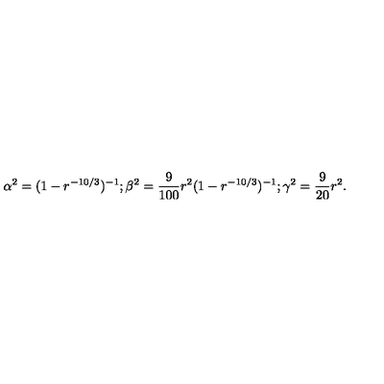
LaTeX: \alpha ^ { 2 } = ( 1 - r ^ { - 1 0 / 3 } ) ^ { - 1 } ; \beta ^ { 2 } = \frac { 9 } { 1 0 0 } r ^ { 2 } ( 1 - r ^ { - 1 0 / 3 } ) ^ { - 1 } ; \gamma ^ { 2 } = \frac { 9 } { 2 0 } r ^ { 2 } .